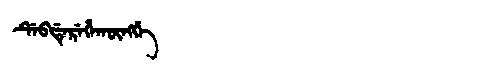
Manchu: ᡩᡝᠪᡩᡝᡵᡝᡥᠠᡴᡡᠩᡤᡝ
Romanization: DEBDEREHAKŪNGGE